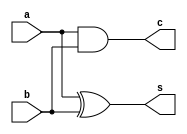
`timescale 1ns / 1ps
////////////////////////////////////////////////////////////////////////////////
// Company: 
// Engineer:
//
// Design Name:    
// Module Name:    ha_ad
// Project Name:   
// Target Device:  
// Tool versions:  
// Description:
//
// Dependencies:
// 
// Revision:
// Revision 0.01 - File Created
// Additional Comments:
// 
////////////////////////////////////////////////////////////////////////////////
module ha_ad(s,c,a,b);
input a,b;
output s,c;
assign s=a^b;
assign c = a&b;


endmodule